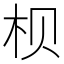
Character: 𪱷